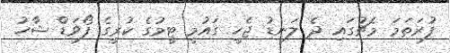
ފުރަތަމަ މެޗުގައި ދެ ލަނޑު ޖެހީ ގައުމީ ޓީމުގެ ކުރީގެ ފޯވަޑް ޝާހު